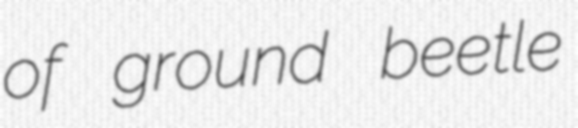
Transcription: of ground beetle